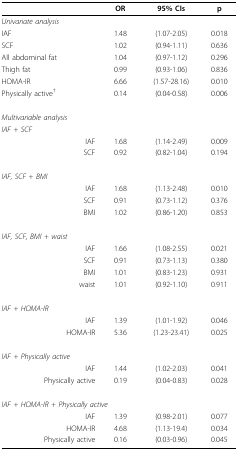
|  | OR | 95% CIs | p |
 | --- | --- | --- | --- |
 | Univariate analysis |  |  |  |
 | IAF | 1.48 | (1.07-2.05) | 0.018 |
 | SCF | 1.02 | (0.94-1.11) | 0.636 |
 | All abdominal fat | 1.04 | (0.97-1.12) | 0.296 |
 | Thigh fat | 0.99 | (0.93-1.06) | 0.836 |
 | HOMA-IR | 6.66 | (1.57-28.16) | 0.010 |
 | Physically active† | 0.14 | (0.04-0.58) | 0.006 |
 | Multivariable analysis |  |  |  |
 | IAF + SCF |  |  |  |
 | IAF | 1.68 | (1.14-2.49) | 0.009 |
 | SCF | 0.92 | (0.82-1.04) | 0.194 |
 | IAF, SCF + BMI |  |  |  |
 | IAF | 1.68 | (1.13-2.48) | 0.010 |
 | SCF | 0.91 | (0.73-1.12) | 0.376 |
 | BMI | 1.02 | (0.86-1.20) | 0.853 |
 | IAF, SCF, BMI + waist |  |  |  |
 | IAF | 1.66 | (1.08-2.55) | 0.021 |
 | SCF | 0.91 | (0.73-1.13) | 0.380 |
 | BMI | 1.01 | (0.83-1.23) | 0.931 |
 | waist | 1.01 | (0.92-1.10) | 0.911 |
 | IAF + HOMA-IR |  |  |  |
 | IAF | 1.39 | (1.01-1.92) | 0.046 |
 | HOMA-IR | 5.36 | (1.23-23.41) | 0.025 |
 | IAF + Physically active |  |  |  |
 | IAF | 1.44 | (1.02-2.03) | 0.041 |
 | Physically active | 0.19 | (0.04-0.83) | 0.028 |
 | <COLSPAN=2> IAF + HOMA-IR + Physically active |  |  |
 | IAF | 1.39 | (0.98-2.01) | 0.077 |
 | HOMA-IR | 4.68 | (1.13-19.4) | 0.034 |
 | Physically active | 0.16 | (0.03-0.96) | 0.045 |